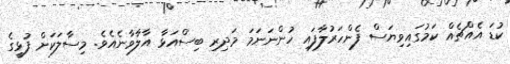
ކުޑަ އެއްޗެއް ކަމުގައިވިޔަސް ފެންހަރުލާފައި ހުންނަނަމަ މަދިރި ބިސްއަޅާ އާލާވާނެއެވެ. މިސާލަކަށް ފުޅީގެ